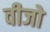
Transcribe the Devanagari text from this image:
वीजो